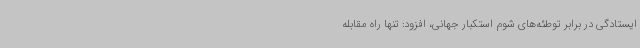
ایستادگی در برابر توطئه‌های شوم استکبار جهانی، افزود: تنها راه مقابله